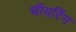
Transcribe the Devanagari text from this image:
चीयरिंग